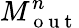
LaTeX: M_{\mathrm{~o~u~t~}}^{n}